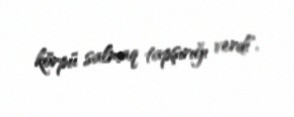
körpü salmaq tapşırığı verdi".